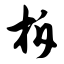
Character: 柝